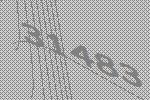
31483